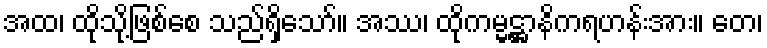
အထ၊ ထိုသို့ဖြစ်စေ သည်ရှိသော်။ အဿ၊ ထိုကမ္မဋ္ဌာနိကရဟန်းအား။ တေ၊